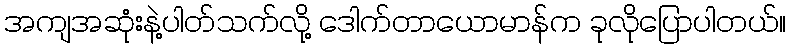
အကျအဆုံးနဲ့ပါတ်သက်လို့ ဒေါက်တာယောမာန်က ခုလိုပြောပါတယ်။